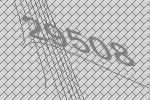
29508